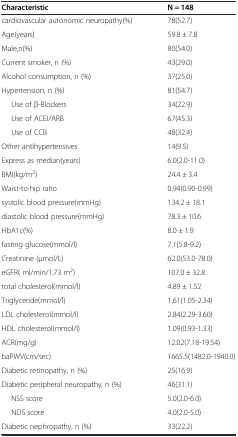
<table><thead><tr><td><b>Characteristic</b></td><td><b>N = 148</b></td></tr></thead><tbody><tr><td>cardiovascular autonomic neuropathy(%)</td><td>78(52.7)</td></tr><tr><td>Age(years)</td><td>59.8 ± 7.8</td></tr><tr><td>Male,n(%)</td><td>80(54.0)</td></tr><tr><td>Current smoker, n (%)</td><td>43(29.0)</td></tr><tr><td>Alcohol consumption, n (%)</td><td>37(25.0)</td></tr><tr><td>Hypertension, n (%)</td><td>81(54.7)</td></tr><tr><td>Use of β-Blockers</td><td>34(22.9)</td></tr><tr><td>Use of ACEI/ARB</td><td>67(45.3)</td></tr><tr><td>Use of CCB</td><td>48(32.4)</td></tr><tr><td>Other antihypertensives</td><td>14(9.5)</td></tr><tr><td>Express as median(years)</td><td>6.0(2.0-11.0)</td></tr><tr><td>BMI(kg/m<sup>2</sup>)</td><td>24.4 ± 3.4</td></tr><tr><td>Waist-to-hip ratio</td><td>0.94(0.90-0.99)</td></tr><tr><td>systolic blood pressure(mmHg)</td><td>134.2 ± 18.1</td></tr><tr><td>diastolic blood pressure(mmHg)</td><td>78.3 ± 10.6</td></tr><tr><td>HbA1c(%)</td><td>8.0 ± 1.9</td></tr><tr><td>fasting glucose(mmol/l)</td><td>7.1(5.8-9.2)</td></tr><tr><td>Creatinine (μmol/L)</td><td>62.0(53.0-78.0)</td></tr><tr><td>eGFR( ml/min/1.73 m<sup>2</sup>)</td><td>107.0 ± 32.8</td></tr><tr><td>total cholesterol(mmol/l)</td><td>4.89 ± 1.52</td></tr><tr><td>Triglyceride(mmol/l)</td><td>1.61(1.05-2.34)</td></tr><tr><td>LDL cholesterol(mmol/l)</td><td>2.84(2.29-3.60)</td></tr><tr><td>HDL cholesterol(mmol/l)</td><td>1.09(0.93-1.33)</td></tr><tr><td>ACR(mg/g)</td><td>12.02(7.18-19.54)</td></tr><tr><td>baPWV(cm/sec)</td><td>1665.5(1482.0-1940.0)</td></tr><tr><td>Diabetic retinopathy, n (%)</td><td>25(16.9)</td></tr><tr><td>Diabetic peripheral neuropathy, n (%)</td><td>46(31.1)</td></tr><tr><td>NSS score</td><td>5.0(2.0-6.0)</td></tr><tr><td>NDS score</td><td>4.0(2.0-5.0)</td></tr><tr><td>Diabetic nephropathy, n (%)</td><td>33(22.2)</td></tr></tbody></table>